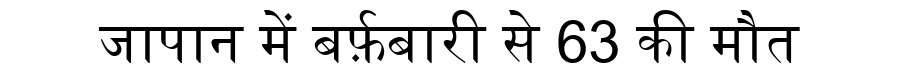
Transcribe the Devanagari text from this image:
जापान में बर्फ़बारी से 63 की मौत